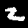
Label: 2